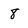
Character: 8